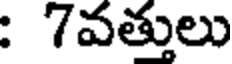
: 7వత్తులు